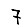
Digit: 7